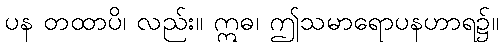
ပန တထာပိ၊ လည်း။ ဣဓ၊ ဤသမာရောပနဟာရ၌။